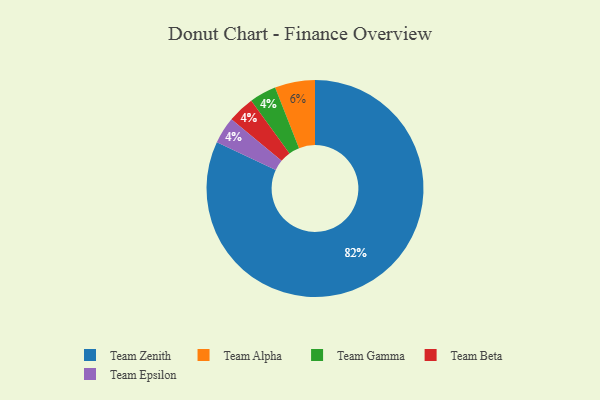
{"axis": {"x": "Category", "y": "Percentage"}, "legend": ["Team Alpha", "Team Beta", "Team Epsilon", "Team Gamma", "Team Zenith"], "data": [{"x": "Team Gamma", "y": 4, "type": "Team Gamma"}, {"x": "Team Beta", "y": 4, "type": "Team Beta"}, {"x": "Team Alpha", "y": 6, "type": "Team Alpha"}, {"x": "Team Epsilon", "y": 4, "type": "Team Epsilon"}, {"x": "Team Zenith", "y": 82, "type": "Team Zenith"}]}